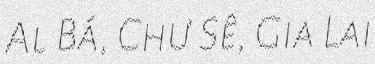
Al Bá, Chư Sê, Gia Lai